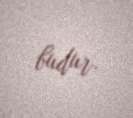
budur.